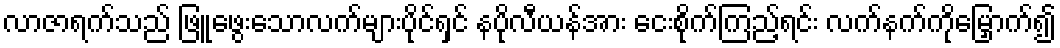
လာဇာရက်သည် ဖြူဖွေးသောလက်များပိုင်ရှင် နပိုလီယန်အား ငေးစိုက်ကြည့်ရင်း လက်နက်ကိုမြှောက်၍